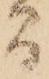
間